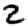
Digit: 2